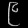
Digit: ၉